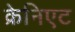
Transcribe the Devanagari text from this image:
क्रेनिएट